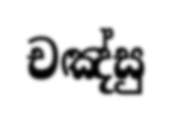
චඤ්සු